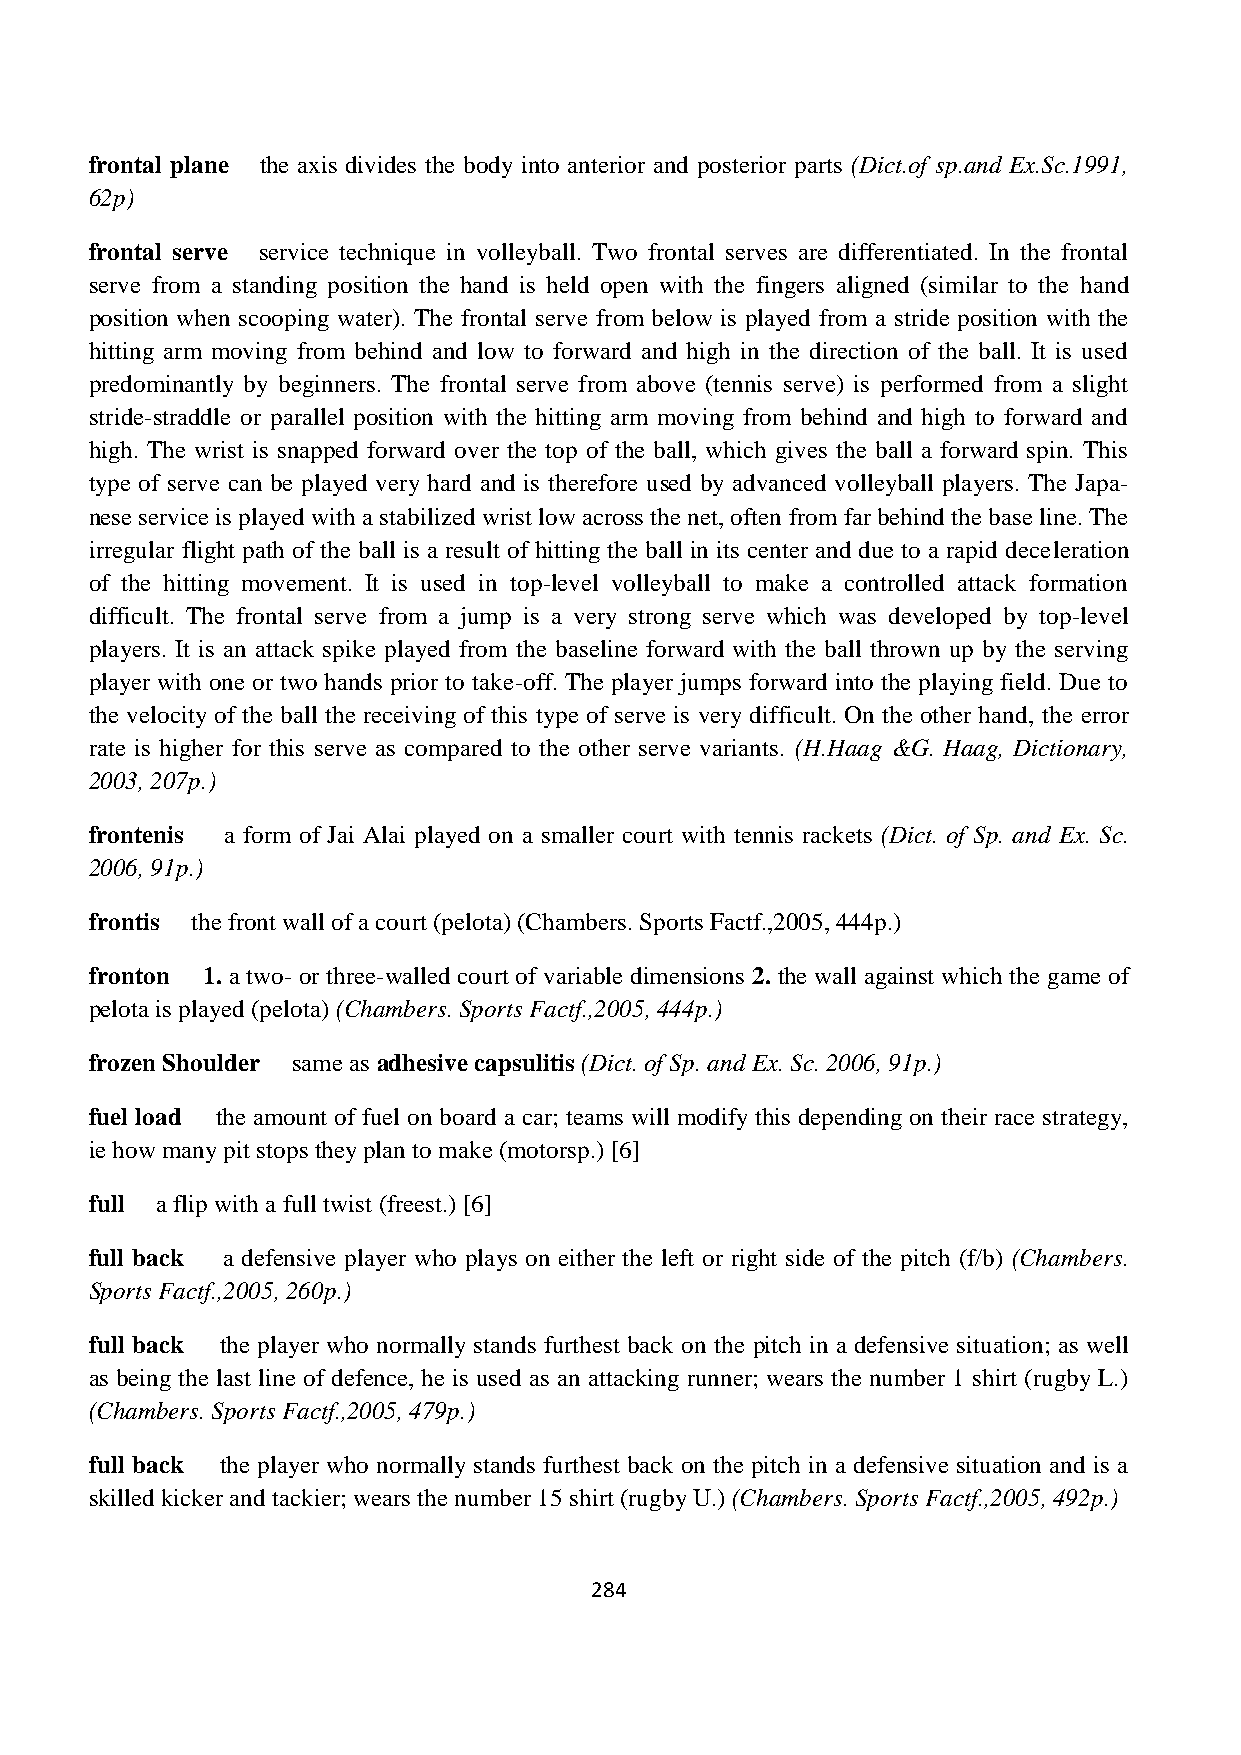
frontal plane the axis divides the body into anterior and posterior parts (Dict.of sp.and Ex.Sc.1991,
 62p)
 frontal serve service technique in volleyball. Two frontal serves are differentiated. In the frontal
 serve from a standing position the hand is held open with the fingers aligned (similar to the hand
 position when scooping water). The frontal serve from below is played from a stride position with the
 hitting arm moving from behind and low to forward and high in the direction of the ball. It is used
 predominantly by beginners. The frontal serve from above (tennis serve) is performed from a slight
 stride-straddle or parallel position with the hitting arm moving from behind and high to forward and
 high. The wrist is snapped forward over the top of the ball, which gives the ball a forward spin. This
 type of serve can be played very hard and is therefore used by advanced volleyball players. The Japa-
 nese service is played with a stabilized wrist low across the net, often from far behind the base line. The
 irregular flight path of the ball is a result of hitting the ball in its center and due to a rapid deceleration
 of the hitting movement. It is used in top-level volleyball to make a controlled attack formation
 difficult. The frontal serve from a jump is a very strong serve which was developed by top-level
 players. It is an attack spike played from the baseline forward with the ball thrown up by the serving
 player with one or two hands prior to take-off. The player jumps forward into the playing field. Due to
 the velocity of the ball the receiving of this type of serve is very difficult. On the other hand, the error
 rate is higher for this serve as compared to the other serve variants. (H.Haag &G. Haag, Dictionary,
 2003, 207p.)
 frontenis a form of Jai Alai played on a smaller court with tennis rackets (Dict. of Sp. and Ex. Sc.
 2006, 91p.)
 frontis the front wall of a court (pelota) (Chambers. Sports Factf.,2005, 444p.)
 fronton 1. a two- or three-walled court of variable dimensions 2. the wall against which the game of
 pelota is played (pelota) (Chambers. Sports Factf.,2005, 444p.)
 frozen Shoulder same as adhesive capsulitis (Dict. of Sp. and Ex. Sc. 2006, 91p.)
 fuel load the amount of fuel on board a car; teams will modify this depending on their race strategy,
 ie how many pit stops they plan to make (motorsp.) [6]
 full a flip with a full twist (freest.) [6]
 full back a defensive player who plays on either the left or right side of the pitch (f/b) (Chambers.
 Sports Factf.,2005, 260p.)
 full back the player who normally stands furthest back on the pitch in a defensive situation; as well
 as being the last line of defence, he is used as an attacking runner; wears the number 1 shirt (rugby L.)
 (Chambers. Sports Factf.,2005, 479p.)
 full back the player who normally stands furthest back on the pitch in a defensive situation and is a
 skilled kicker and tackier; wears the number 15 shirt (rugby U.) (Chambers. Sports Factf.,2005, 492p.)
 284